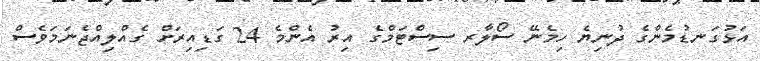
އަޅުގަނޑުމެންގެ ދުނިޔެ ހިމެނޭ ސޯލާރ ސިސްޓަމްގެ އިރު އެންމެ 24 ގަޑިއިރަށް ގެއްލިއްޖެނަމަވެސް